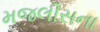
મજલીસના